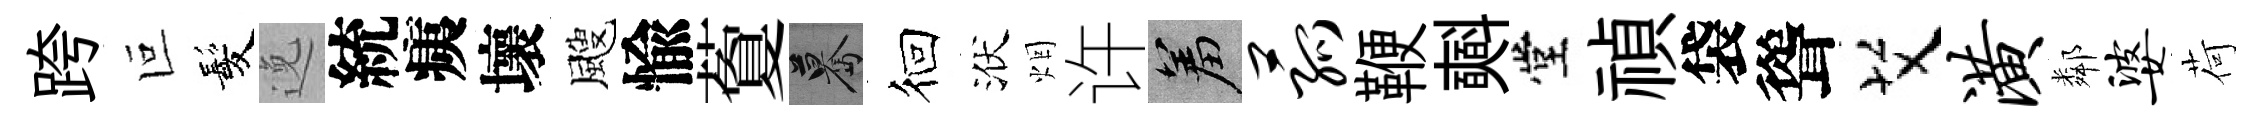
跨叵髪𨓜統痍壞颼愉藑驀徊洑烟许羞菰鞭𣂏堂禎袋聳艾潢鄰婆荷